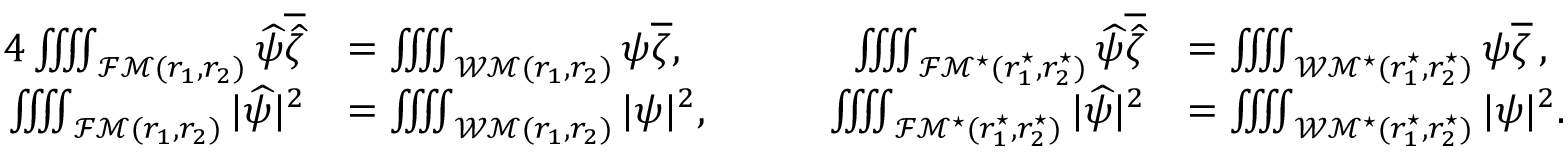
\begin{array} { r l r l } { { 4 } \iiiint _ { { \mathcal { F M } } ( r _ { 1 } , r _ { 2 } ) } \widehat \psi \overline { { \widehat \zeta } } } & { = \iiiint _ { { \mathcal { W M } } ( r _ { 1 } , r _ { 2 } ) } \psi \overline { { \zeta } } , \qquad } & { \iiiint _ { { \mathcal { F M } ^ { \star } } ( r _ { 1 } ^ { \star } , r _ { 2 } ^ { \star } ) } \widehat \psi \overline { { \widehat \zeta } } } & { = \iiiint _ { { \mathcal { W M } ^ { \star } } ( r _ { 1 } ^ { \star } , r _ { 2 } ^ { \star } ) } \psi \overline { { \zeta } } \, , } \\ { \iiiint _ { { \mathcal { F M } } ( r _ { 1 } , r _ { 2 } ) } | \widehat \psi | ^ { 2 } } & { = \iiiint _ { { \mathcal { W M } } ( r _ { 1 } , r _ { 2 } ) } | \psi | ^ { 2 } , \qquad } & { \iiiint _ { { \mathcal { F M } ^ { \star } } ( r _ { 1 } ^ { \star } , r _ { 2 } ^ { \star } ) } | \widehat \psi | ^ { 2 } } & { = \iiiint _ { { \mathcal { W M } ^ { \star } } ( r _ { 1 } ^ { \star } , r _ { 2 } ^ { \star } ) } | \psi | ^ { 2 } . } \end{array}